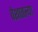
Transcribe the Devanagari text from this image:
वेशातल्या